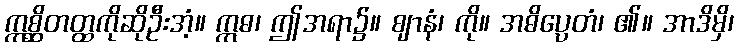
ဣစ္ဆိတတ္ထကိုဆိုဦးအံ့။ ဣဓ၊ ဤအရာ၌။ ဈာနံ၊ ကို။ အဓိပ္ပေတံ၊ ၏။ အာဒိမှိ၊